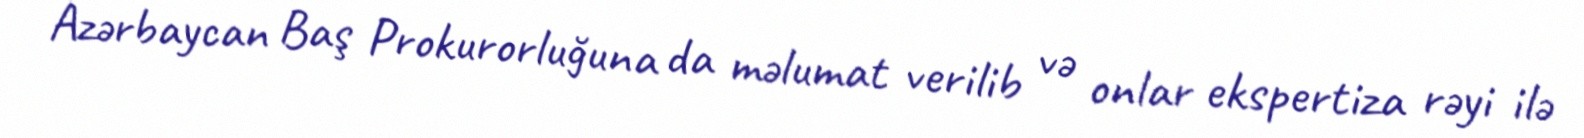
Azərbaycan Baş Prokurorluğuna da məlumat verilib və onlar ekspertiza rəyi ilə